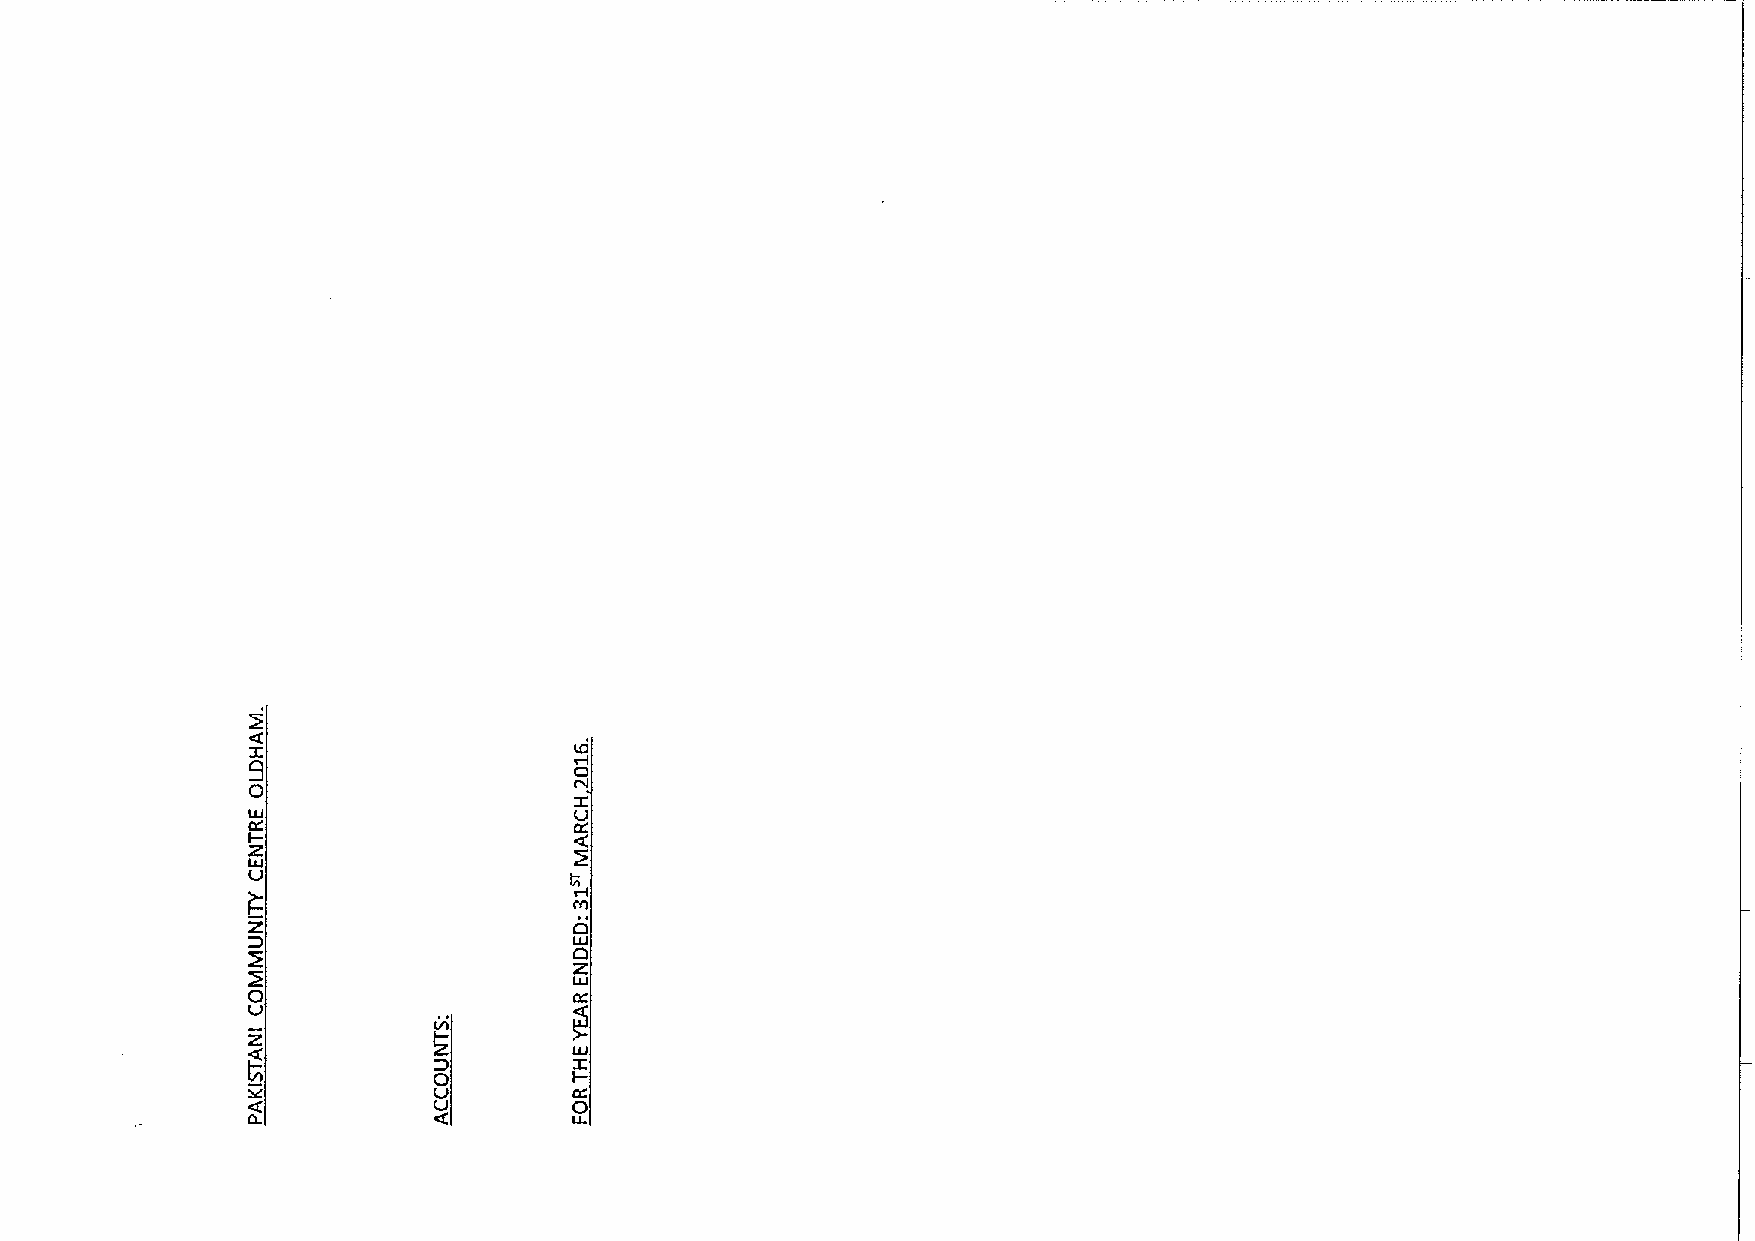
X
 9
 0
 z
 UJ
 (J
 Z                     4
 4
 z
 0                     UJ
 CC
 z
 UJ
 X
 I-
 I
 C0C